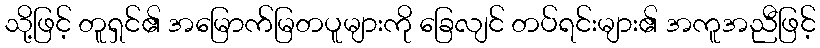
သို့ဖြင့် တူရှင်၏ အမြောက်မြတပူများကို ခြေလျင် တပ်ရင်းများ၏ အကူအညီဖြင့်